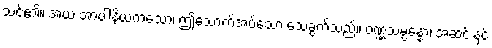
သင်၏။ အယံ အာပါနိယကံသော၊ ဤသောက်အပ်သော သေခွက်သည်။ ဝဏ္ဏသမ္ပန္နော၊ အဆင်းနှင့်